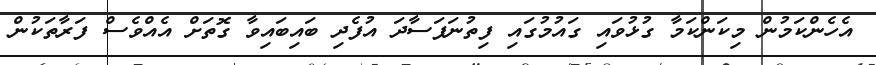
އެހެންކަމުން މިކަންކަމާ ގުޅުވައި ގައުމުގައި ފިތުނަފަސާދަ އުފެދި ބައިބައިވާ ގޮތަށް އެއްވެސް ފަރާތަކުން